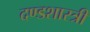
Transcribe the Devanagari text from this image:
दण्डशास्त्री